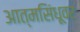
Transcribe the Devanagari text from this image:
आत्मसिंधूवर